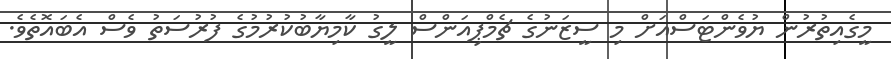
މީގެއިތުރުން ޔުވެންޓަސްއަށް މި ސީޒަނުގެ ޗެމްޕިއަންސް ލީގު ކާމިޔާބުކުރުމުގެ ފުރުސަތު ވެސް އެބައޮތެވެ.